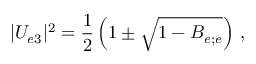
| U _ { e 3 } | ^ { 2 } = \frac { 1 } { 2 } \left( 1 \pm \sqrt { 1 - B _ { e ; e } } \right) \, ,